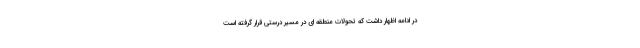
در ادامه اظهار داشت که تحولات منطقه ای در مسیر درستی قرار گرفته است